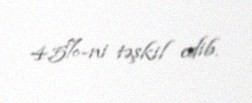
4.5%-ni təşkil edib.